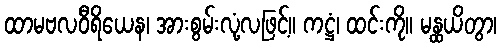
ထာမဗလဝီရိယေန၊ အားစွမ်းလုံ့လဖြင့်။ ကဋ္ဌံ၊ ထင်းကို။ မန္ထယိတွာ၊